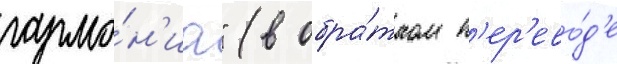
гармо́н'иа" (в обра́тном п'ер'ево́д'е